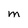
Character: M